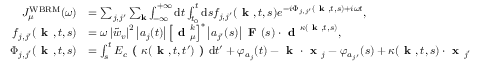
\begin{array} { r l } { J _ { \mu } ^ { \mathrm { W B R M } } ( \omega ) } & { = \sum _ { j , j ^ { \prime } } \sum _ { \mathbf { k } } \int _ { - \infty } ^ { + \infty } \mathrm { d } t \int _ { t _ { 0 } } ^ { t } \mathrm { d } s f _ { j , j ^ { \prime } } ( \textbf { k } , t , s ) e ^ { - i \Phi _ { j , j ^ { \prime } } ( \textbf { k } , t , s ) + i \omega t } , } \\ { f _ { j , j ^ { \prime } } ( \textbf { k } , t , s ) } & { = \omega \left| \tilde { w } _ { v } \right| ^ { 2 } \left| a _ { j } ( t ) \right| \left[ \textbf { d } _ { \mu } ^ { k } \right] ^ { * } \left| a _ { j ^ { \prime } } ( s ) \right| \textbf { F } ( s ) \cdot \textbf { d } ^ { \kappa ( \textbf { k } , t , s ) } , } \\ { \Phi _ { j , j ^ { \prime } } ( \textbf { k } , t , s ) } & { = \int _ { s } ^ { t } E _ { c } \textbf { ( } \kappa ( \textbf { k } , t , t ^ { \prime } ) \textbf { ) } \mathrm { d } t ^ { \prime } + \varphi _ { a _ { j } } ( t ) - \textbf { k } \cdot \textbf { x } _ { j } - \varphi _ { a _ { j ^ { \prime } } } ( s ) + \kappa ( \textbf { k } , t , s ) \cdot \textbf { x } _ { j ^ { \prime } } } \end{array}